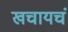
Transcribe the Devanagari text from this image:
खचायचं